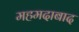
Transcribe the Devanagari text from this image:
महमदाबाद